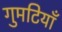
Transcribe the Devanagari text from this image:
गुमटियाँ